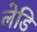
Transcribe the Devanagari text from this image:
लेडि